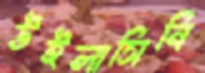
উইলাসিনি